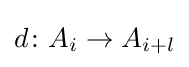
d\colon A_{i}\to A_{i+l}